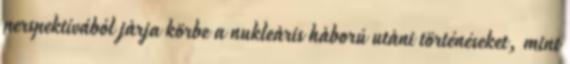
perspektívából jàrja körbe a nukleàris hàború utàni történéseket, mint